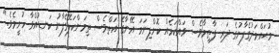
މުޙައްމަދުގެފާނުގެ ދަރި ފާޠިމާވެސް ވައްކަމެއް ކޮށްފިނަމަ އޭނާގެ އަތްވެސް ތިމަންކަލޭގެފާނު ކަނޑުއްވާ ހުށީމެވެ."